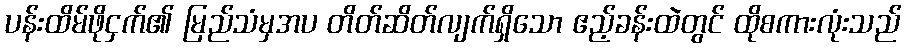
ပန်းထိမ်ဖိုငှက်၏ မြည်သံမှအပ တိတ်ဆိတ်လျက်ရှိသော ဧည့်ခန်းထဲတွင် ထိုစကားလုံးသည်